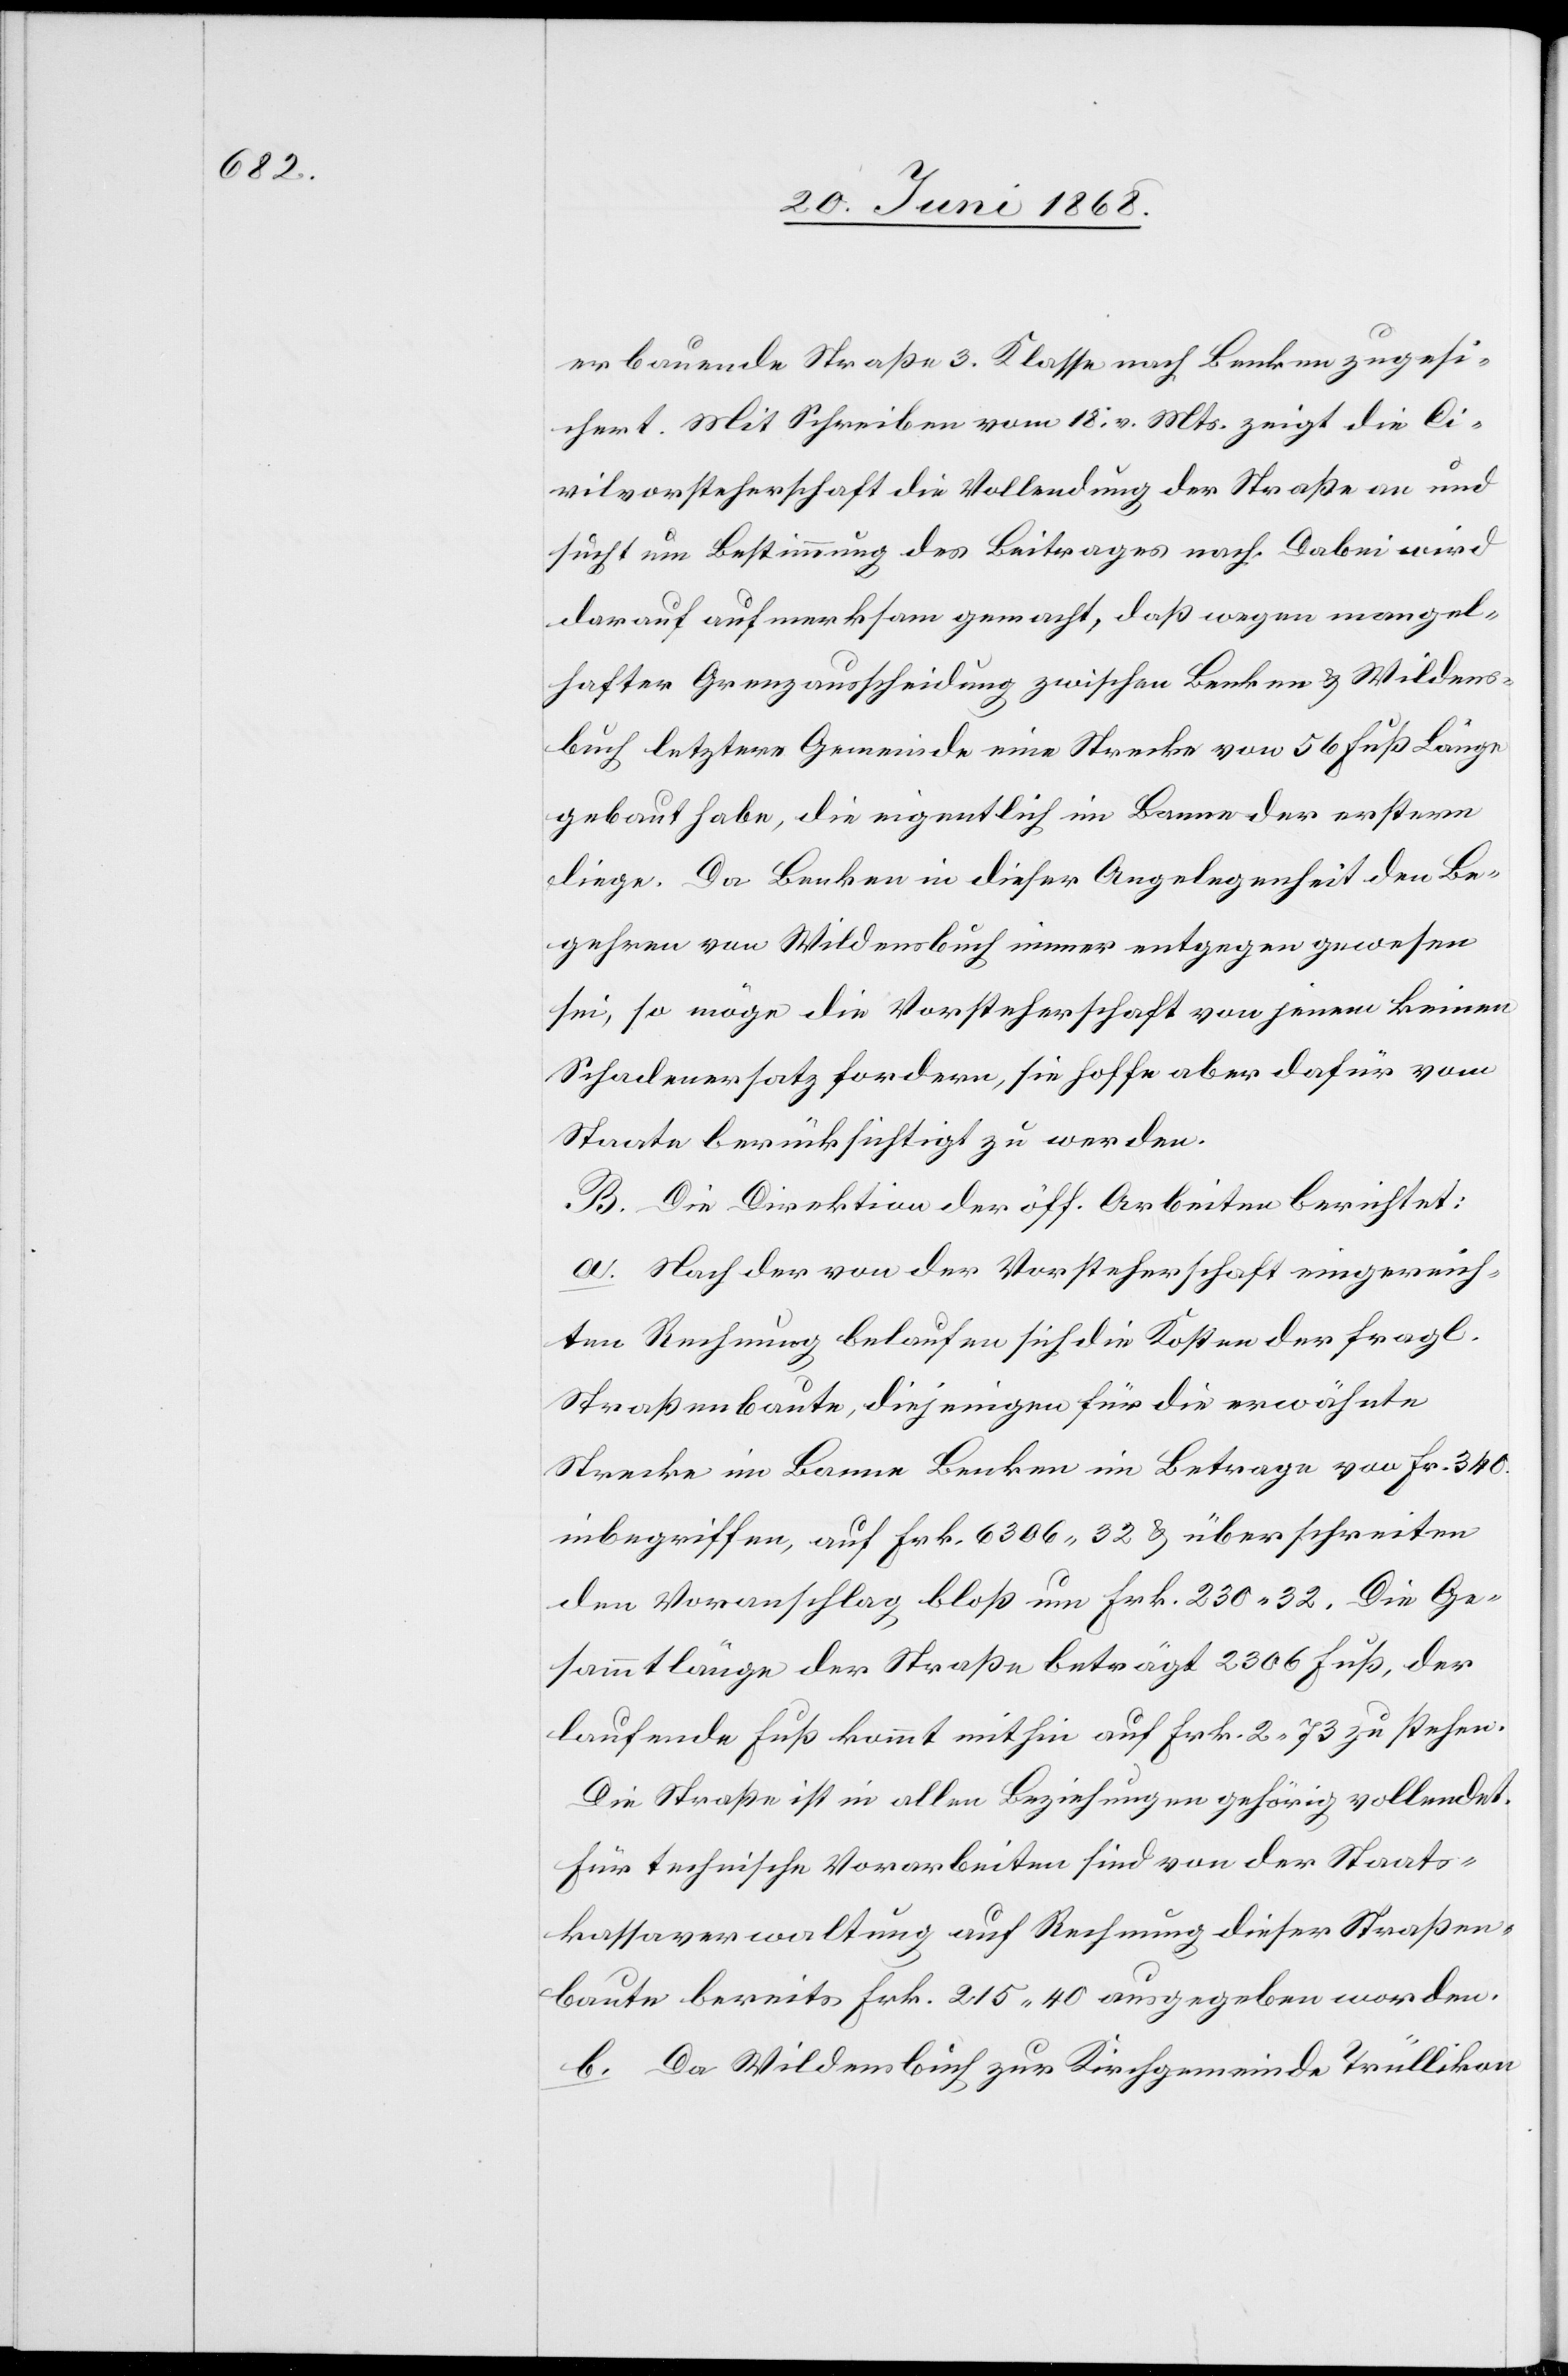
erbauende Straße 3. Klasse nach Benken zugesi¬
chert. Mit Schreiben vom 18. v. Mts. zeigt die Ci¬
vilvorsteherschaft die Vollendung der Straße an und
sucht um Bestimmung des Beitrages nach. Dabei wird
darauf aufmerksam gemacht, daß wegen mangel¬
hafter Grenzausscheidung zwischen Benken & Wildens¬
buch letztere Gemeinde eine Strecke von 56 Fuß Länge
gebaut habe, die eigentlich im Banne der erstern
liege. Da Benken in dieser Angelegenheit den Be¬
gehren von Wildensbuch immer entgegen gewesen
sei, so möge die Vorsteherschaft von jenem keinen
Schadenersatz fordern, sie hoffe aber dafür vom
Staate berücksichtigt zu werden.
B. Die Direktion der öff. Arbeiten berichtet:
a. Nach der von der Vorsteherschaft eingereich¬
ten Rechnung belaufen sich die Kosten der fragl.
Straßenbaute, diejenigen für die erwähnte
Strecke im Banne Benken im Betrage von Frk. 340.
inbegriffen, auf Frk. 6306 32 & überschreiten
den Voranschlag bloß um Frk. 230 32. Die Ge¬
sammtlänge der Straße beträgt 2306 Fuß, der
laufende Fuß kommt mithin auf Frk. 2. 73 zu stehen.
Die Straße ist in allen Beziehungen gehörig vollendet.
Für technische Vorarbeiten sind von der Staats¬
kassaverwaltung auf Rechnung dieser Straßen¬
baute bereits Frk. 215 40 ausgegeben worden.
b. Da Wildensbuch zur Kirchgemeinde Trüllikon